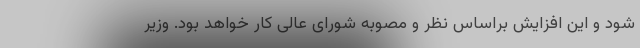
شود و این افزایش براساس نظر و مصوبه شورای عالی کار خواهد بود. وزیر